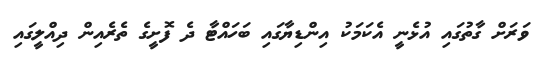
ވަރަށް ގާތުގައި އުޅެނީ އެކަމަކު އިންޑިޔާގައި ބަހައްޓާ ދެ ފޮށީގެ ތެރެއިން ދިއްލީގައި